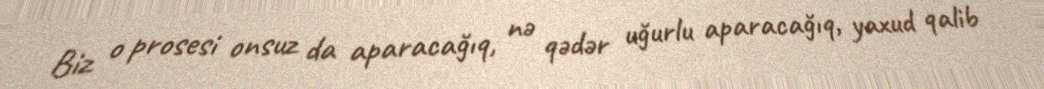
Biz o prosesi onsuz da aparacağıq, nə qədər uğurlu aparacağıq, yaxud qalib